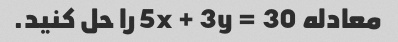
معادله 5x + 3y = 30 را حل کنید.